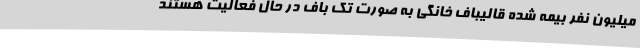
میلیون نفر بیمه شده قالیباف خانگی به صورت تک باف در حال فعالیت هستند